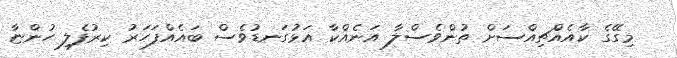
މިގޭގެ ކާއެއްޗިއްސަށް ތުންވެސްލާ އަނެއްކާ އަޅުގަނޑުވެސް ބައެއްފަހަރު ކިރުފެލި ހުންޏާ